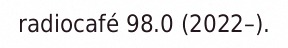
radiocafé 98.0 (2022–).